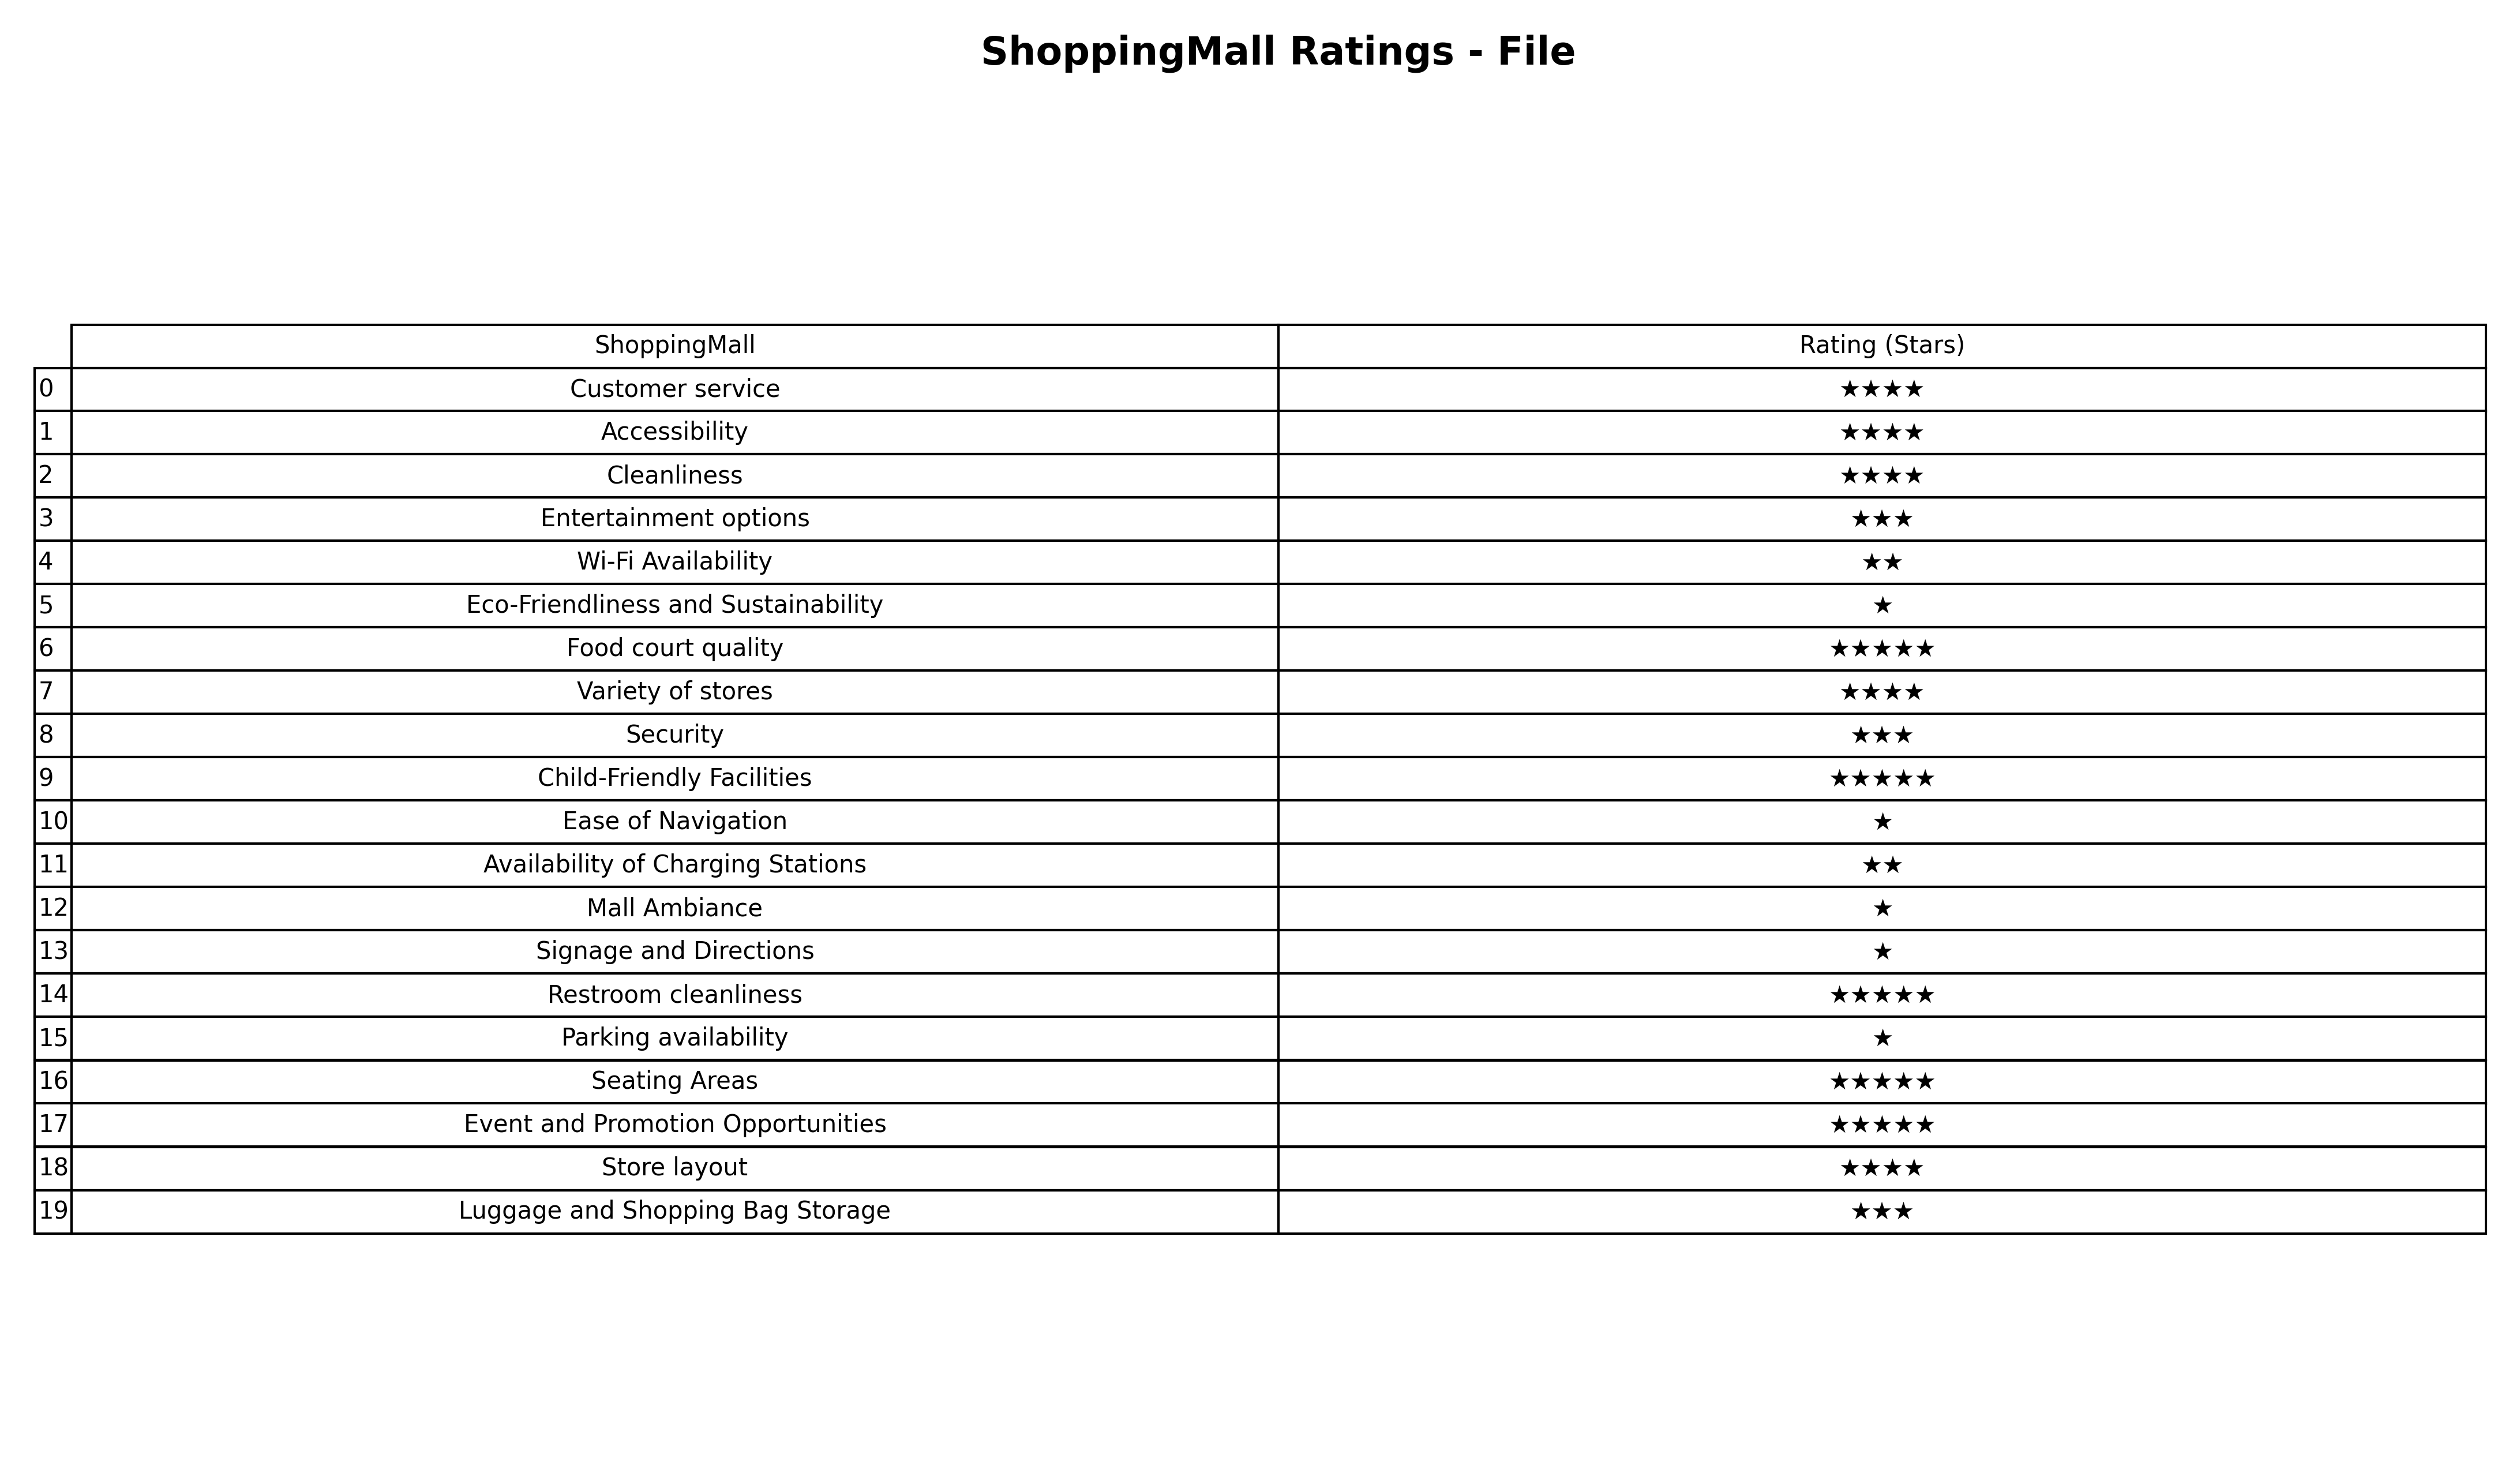
question: What are lowest rating services?
answer: Wi-Fi AvailabilityAvailability of Charging Stations